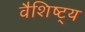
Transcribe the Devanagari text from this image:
वैशिष्ट्‍य